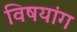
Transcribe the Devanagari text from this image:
विषयांग